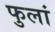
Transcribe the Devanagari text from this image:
फुलां